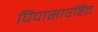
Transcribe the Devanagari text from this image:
पिपासारहित